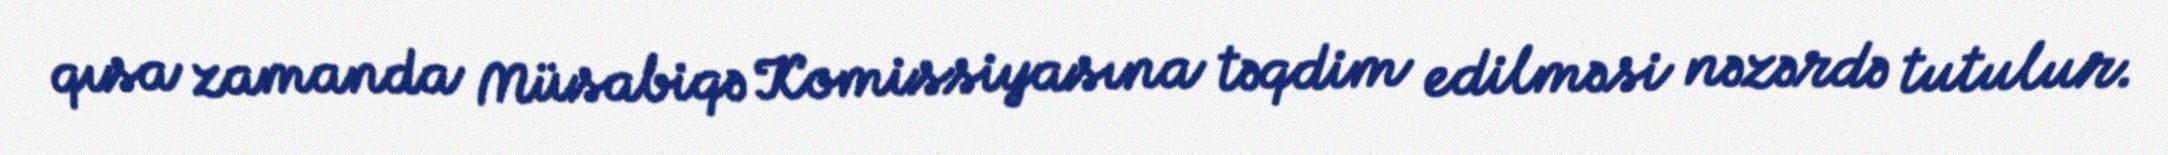
qısa zamanda Müsabiqə Komissiyasına təqdim edilməsi nəzərdə tutulur.